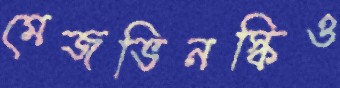
মেজভিনস্কিও